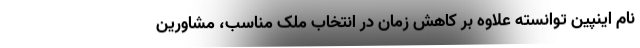
نام اینپین توانسته علاوه بر کاهش زمان در انتخاب ملک مناسب، مشاورین